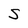
Character: S